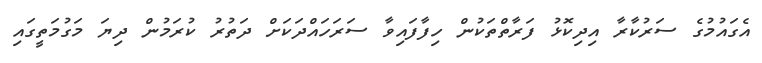
އެގައުމުގެ ސަރުކާރާ އިދިކޮޅު ފަރާތްތަކުން ހިފާފައިވާ ސަރަހައްދަކަށް ދަތުރު ކުރަމުން ދިޔަ މަގުމަތީގައި